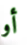
أو